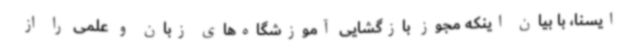
ایسنا، با بیان اینکه مجوز بازگشایی آموزشگاه‌های زبان و علمی را از